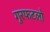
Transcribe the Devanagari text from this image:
गुरफटलो